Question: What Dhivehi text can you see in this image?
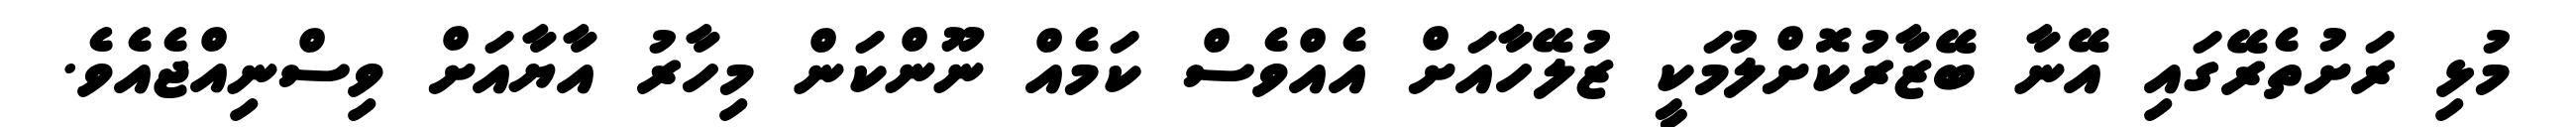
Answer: މުޅި ރަށުތެރޭގައި އޭނާ ބޭޒާރުކޮށްލުމަކީ ޒުލޭހާއަށް އެއްވެސް ކަމެއް ނޫންކަން މިހާރު އާޔާއަށް ވިސްނިއްޖެއެވެ.